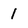
Character: 1